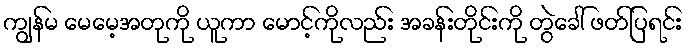
ကျွန်မ မေမေ့အတုကို ယူကာ မောင့်ကိုလည်း အခန်းတိုင်းကို တွဲခေါ် ဖတ်ပြရင်း